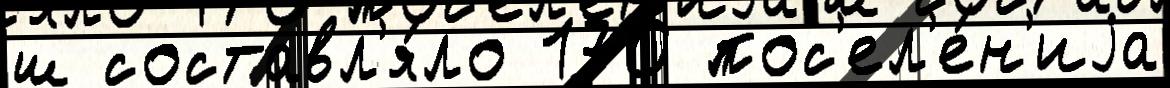
ш составл'я́ло 170 пос'ел'е́н'иjа